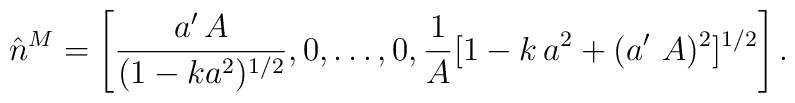
\hat{n}^M = \left[ \frac{a^\prime\,A}{(1-ka^2)^{1/2}},0, \dots, 0, \frac{1}{A}[1 - k\,a^2 + (a^\prime\,\,A)^2]^{1/2} \right].